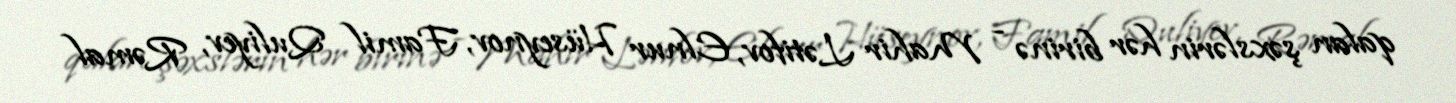
qalan şəxslərin hər birinə - Mahir Lətifov, Elnur Hüseynov, Famil Quliyev, Rəmal